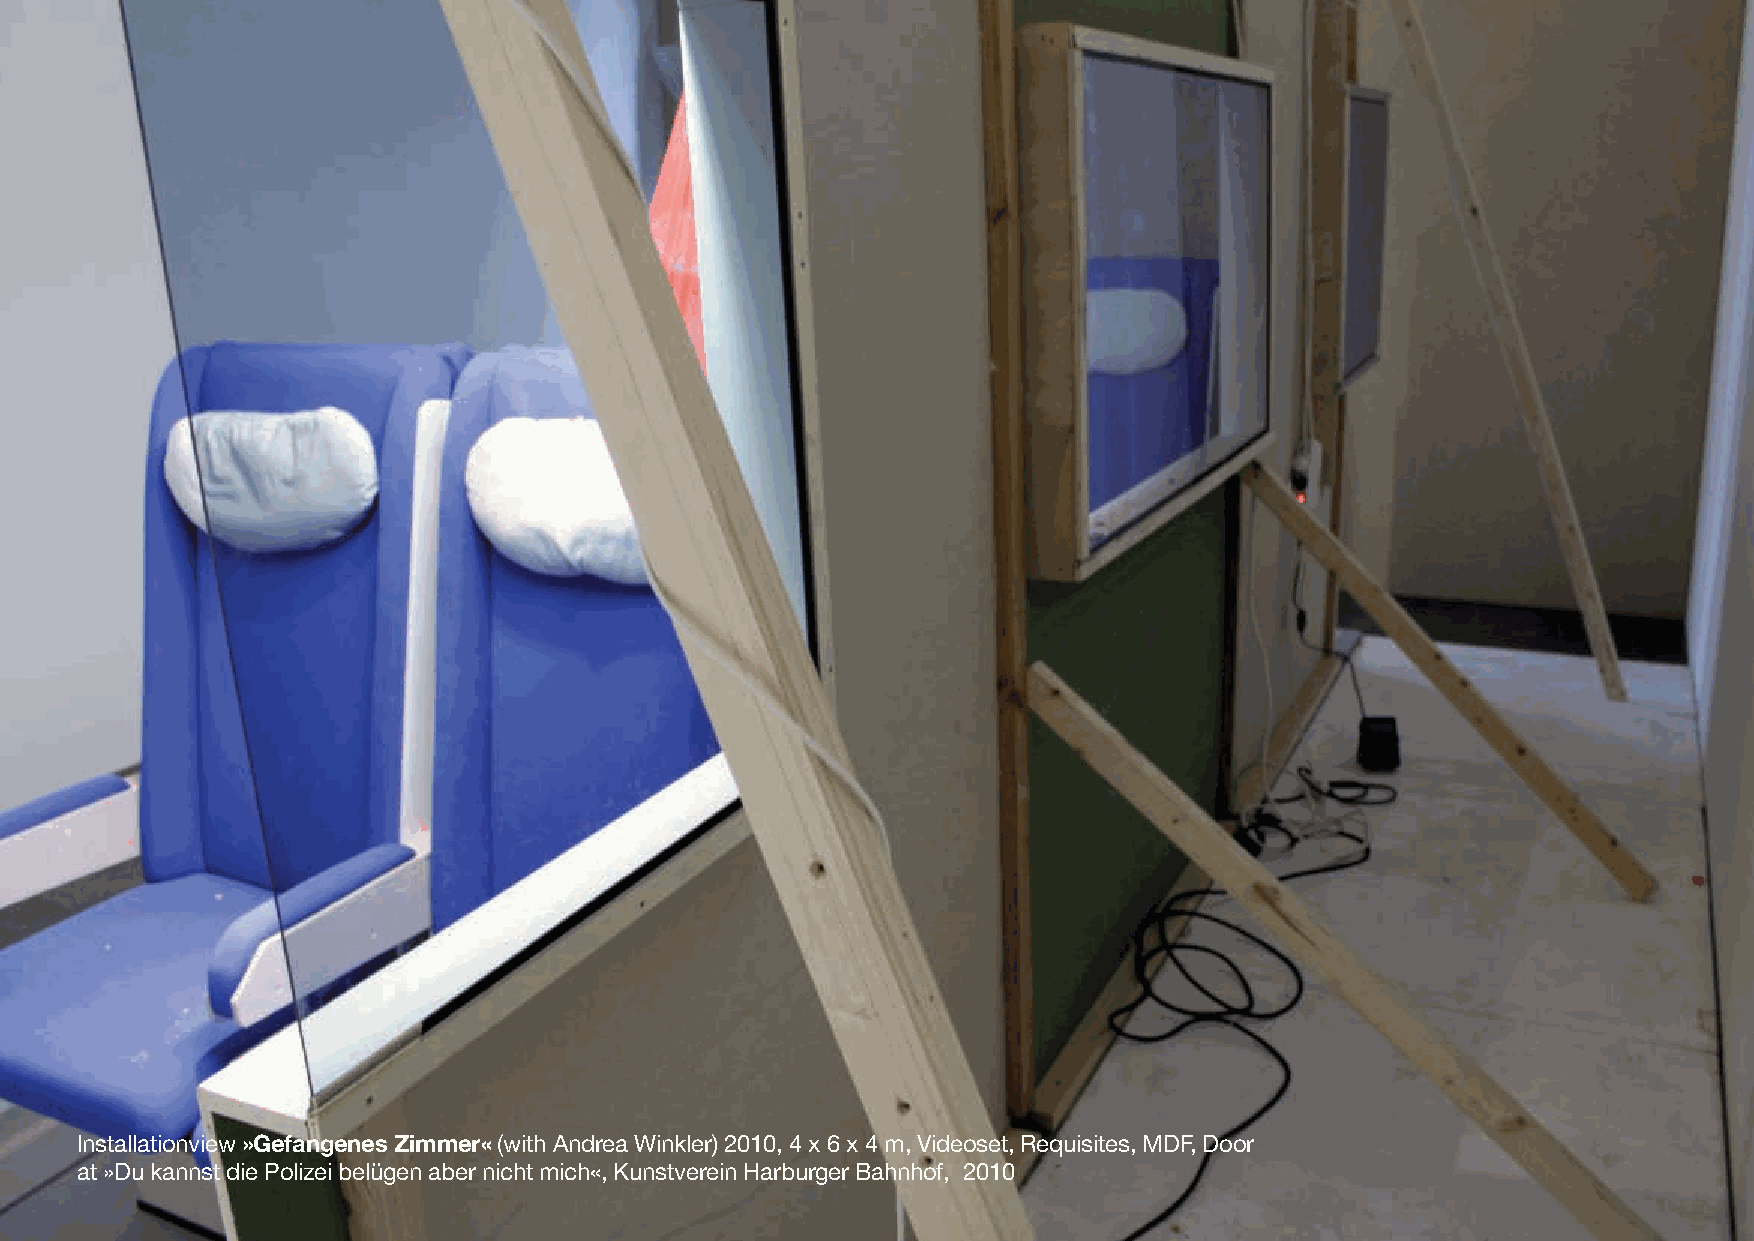
Installationview»Gefangenes Zimmer«(with Andrea Winkler) 2010, 4 x 6 x 4 m, Videoset, Requisites, MDF, Door
 at »Du kannst die Polizei belügen aber nicht mich«, Kunstverein Harburger Bahnhof, 2010